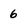
Character: 6